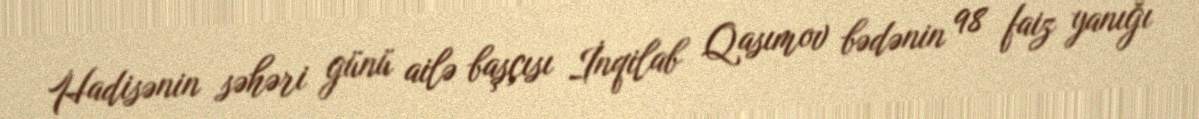
Hadisənin səhəri günü ailə başçısı İnqilab Qasımov bədənin 98 faiz yanığı